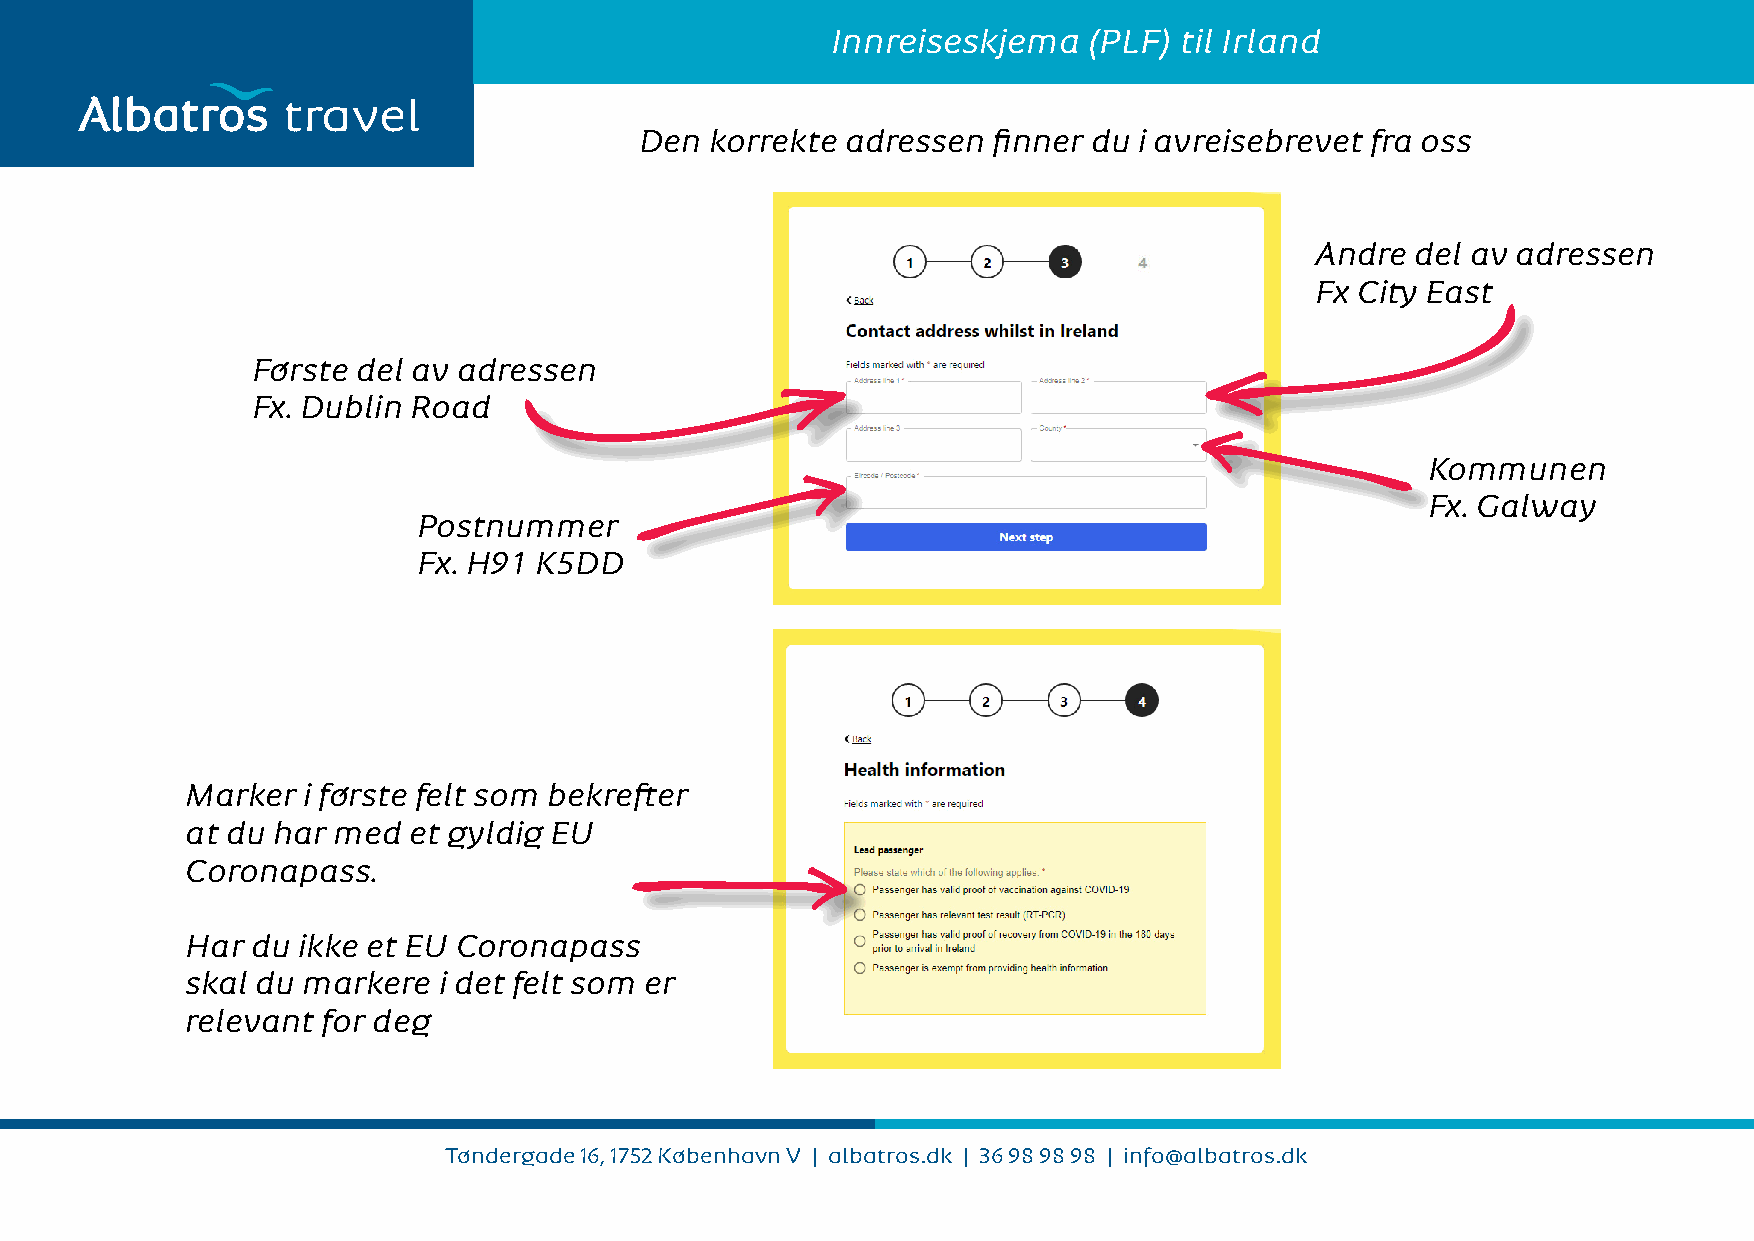
Innreiseskjema   (PLF) til Irland
 travel
 Den  korrekte adressen  finner du i avreisebrevet fra oss
 Andre  del av adressen
 Fx City East
 Første del av adressen
 Fx. Dublin Road
 Kommunen
 Fx. Galway
 Postnummer
 Fx. H91 K5DD
 Marker  i første felt som bekrefter
 at du har med  et gyldig EU
 Coronapass.
 Har  du ikke et EU Coronapass
 skal du markere  i det felt som er
 relevant for deg
 Tøndergade 16, 1752 København V | albatros.dk | 36 98 98 98 | info@albatros.dk